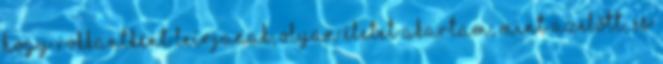
hogy rokkantként leírjanak, olyan életet akartam, mint azelőtt, és